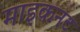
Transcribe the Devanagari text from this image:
माइकनट